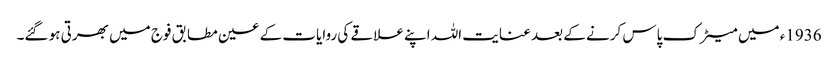
1936ء میں میٹرک پاس کرنے کے بعد عنایت اللہ اپنے علاقے کی روایات کے عین مطابق فوج میں بھرتی ہو گئے۔